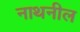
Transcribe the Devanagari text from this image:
नाथनील